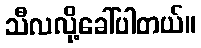
သီလလို့ခေါ်ပါတယ်။